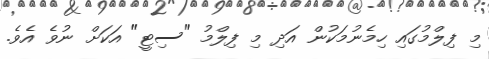
މި ފިލްމުގައި ހިމެނުމަކުން އަދި މި ފިލްމު "ސިޓީ" އަކަށް ނުވެ އެވެ.